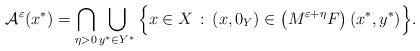
LaTeX: \begin{align*}\mathcal{A}^{\varepsilon }(x^{\ast })=\bigcap\limits_{\eta>0}\bigcup\limits_{y^{\ast }\in Y^{\ast }}\Big\{x\in X\,:\,\left(x,0_{Y}\right) \in \left( M^{\varepsilon +\eta }F\right) (x^{\ast },y^{\ast})\Big\}. \end{align*}